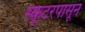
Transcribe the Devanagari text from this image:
स्कूटरपासून